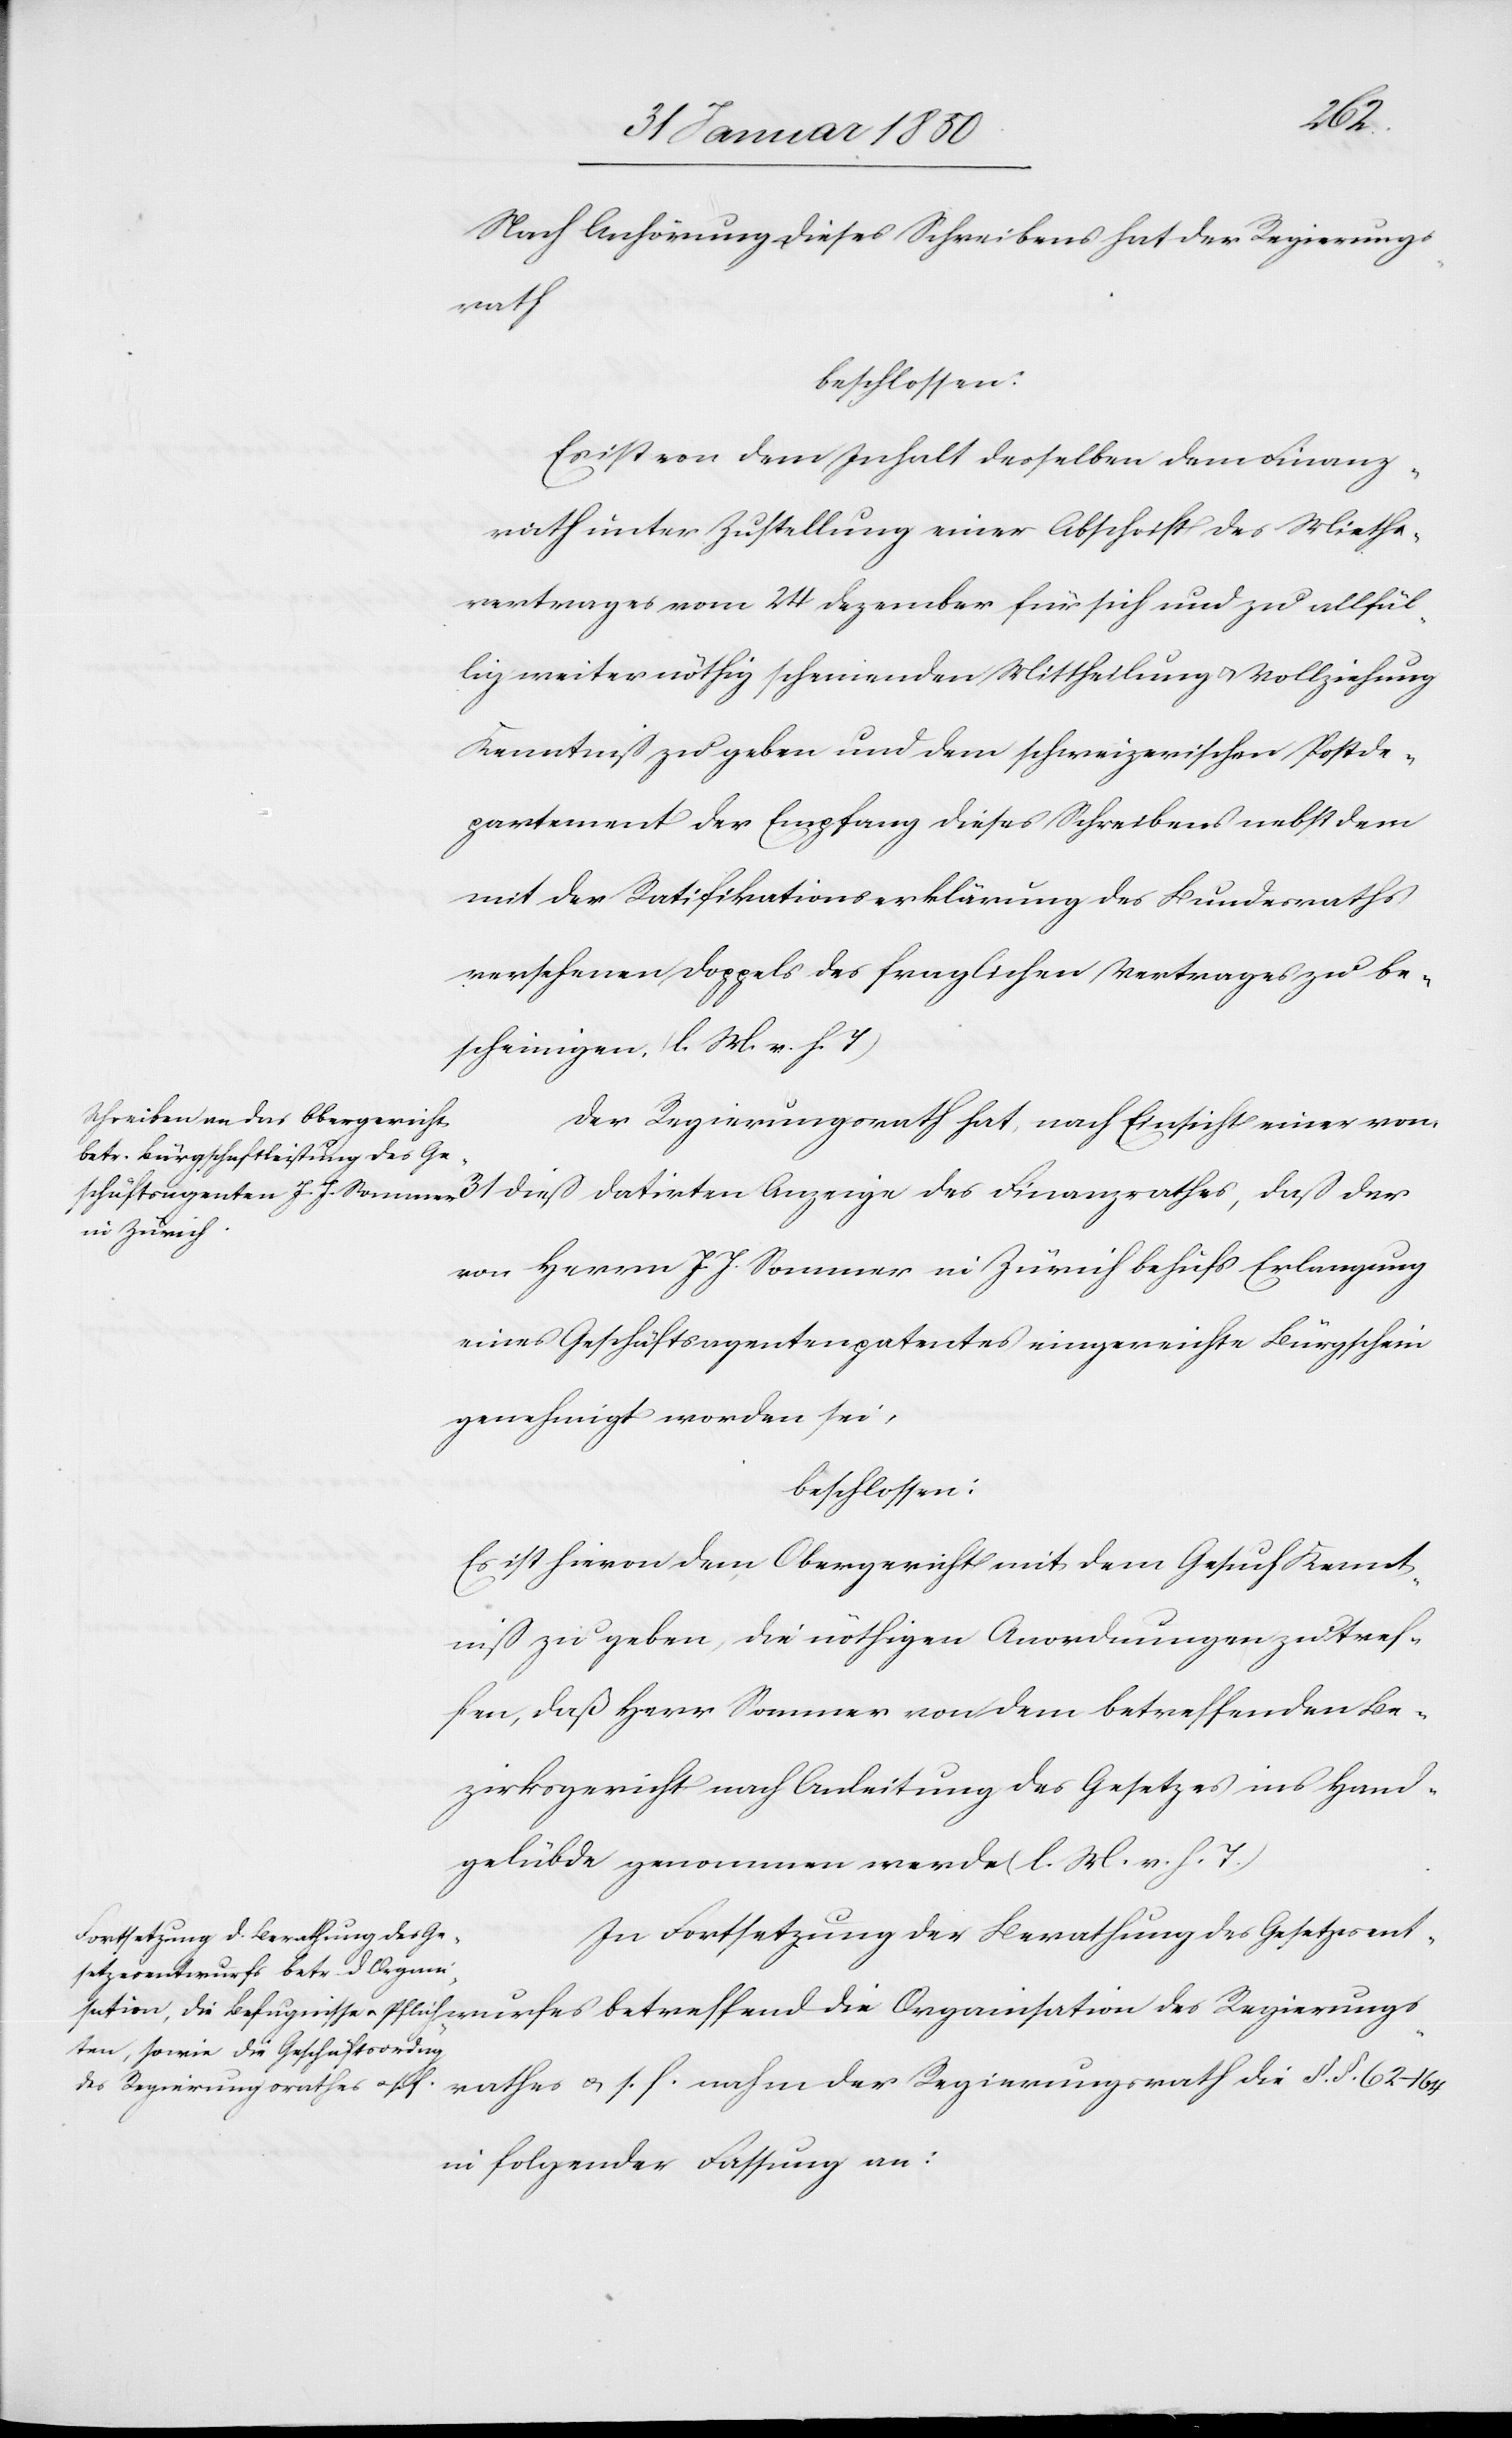
der
Nach Anhörung dieses Schreibens hat der Regierungs¬
rath
beschlossen:
Es ist von dem Inhalt desselben dem Finanz¬
rath unter Zustellung einer Abschrift des Mieths¬
vertrages vom 24 Dezember für sich und zu allfäl¬
lig weiter nöthig scheinenden Mittheilung u. Vollziehung
Kenntniß zu geben und dem schweizerischen Postde¬
partement der Empfang dieses Schreibens nebst dem
mit der Ratifikationserklärung des Bundesraths
versehenen Doppels des fraglichen Vertrags zu be¬
scheinigen. (l. M. v. h. T.)
Der Regierungsrath hat, nach Einsicht einer vom
von Herrn J. J. Sommer in Zürich behufs Erlangung
eines Geschäftsagentenpatentes eingereichte Bürgschein
genehmigt worden sei,
beschlossen:
Es ist hievon dem Obergericht mit dem Gesuch Kennt¬
niß zu geben, die nöthigen Anordnungen zu tref¬
fen, daß Herr Sommer von dem betreffenden Be¬
zirksgericht nach Anleitung des Gesetzes ins Hand¬
gelübde genommen werde (l. M. v. h. T.)